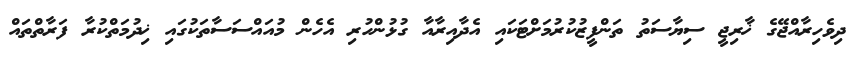
ދިވެހިރާއްޖޭގެ ޚާރިޖީ ސިޔާސަތު ތަންފީޒުކުރުމަށްޓަކައި އެދާއިރާއާ ގުޅުންހުރި އެހެން މުއައްސަސާތަކުގައި ޚިދުމަތްކުރާ ފަރާތްތައް